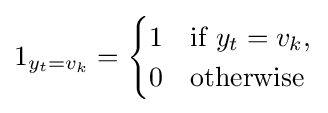
1_{y_{t}=v_{k}}={\begin{cases}1&{\text{if }}y_{t}=v_{k},\\0&{\text{otherwise}}\end{cases}}